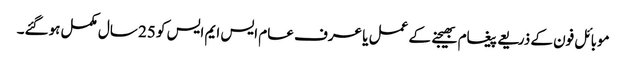
موبائل فون کے ذریعے پیغام بھیجنے کے عمل یا عرف عام ایس ایم ایس کو 25 سال مکمل ہوگئے۔